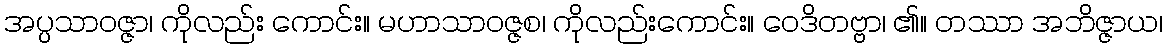
အပ္ပသာဝဇ္ဇာ၊ ကိုလည်း ကောင်း။ မဟာသာဝဇ္ဇစ၊ ကိုလည်းကောင်း။ ဝေဒိတဗ္ဗာ၊ ၏။ တဿာ အဘိဇ္ဇာယ၊